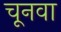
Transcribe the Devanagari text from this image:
चूनवा